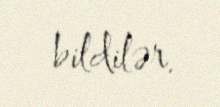
bildilər.